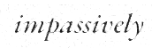
impassively